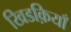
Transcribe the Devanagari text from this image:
खिडक़ियाँ